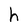
Character: h